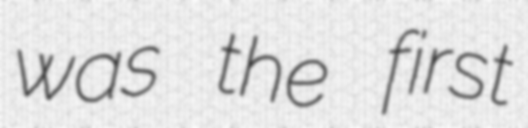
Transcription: was the first